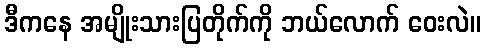
ဒီကနေ အမျိုးသားပြတိုက်ကို ဘယ်လောက် ဝေးလဲ။